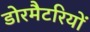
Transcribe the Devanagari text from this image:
डोरमैटरियों